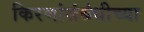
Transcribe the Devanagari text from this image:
किरणांसंबंधीच्या